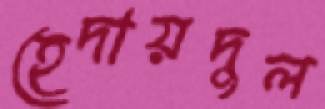
হেদায়দুল